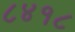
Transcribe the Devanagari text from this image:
८४१८